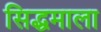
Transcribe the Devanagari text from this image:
सिद्धमाला